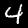
Digit: 4